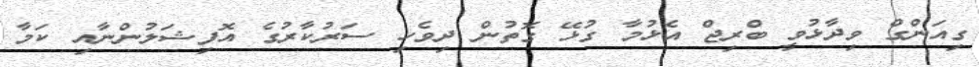
ގިއަންގް ވިދާޅުވީ ބްރިޖް އެޅުމާ ގުޅޭ ގޮތުން ދިވެހި ސަރުކާރުގެ އޮފިޝަލުންނާއި ކަމާ